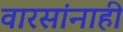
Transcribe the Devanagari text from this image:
वारसांनाही